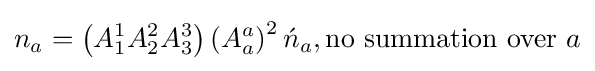
n_{a}=\left(A_{1}^{1}A_{2}^{2}A_{3}^{3}\right)\left(A_{a}^{a}\right)^{2}{\acute {n}}_{a},{\text{no summation over}}\ a